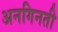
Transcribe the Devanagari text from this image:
अनगिनती